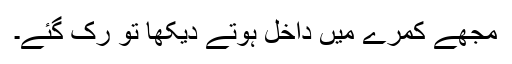
مجھے کمرے میں داخل ہوتے دیکھا تو رک گئے۔